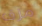
مزق